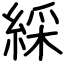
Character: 綵